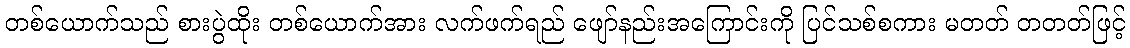
တစ်ယောက်သည် စားပွဲထိုး တစ်ယောက်အား လက်ဖက်ရည် ဖျော်နည်းအကြောင်းကို ပြင်သစ်စကား မတတ် တတတ်ဖြင့်